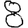
Digit: 8